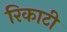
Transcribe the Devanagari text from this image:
रिकाटी